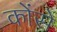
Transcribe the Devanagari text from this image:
कोंसे